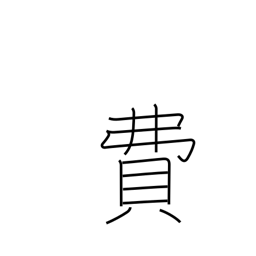
Meaning: expense